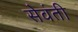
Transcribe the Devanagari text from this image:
सेवंती